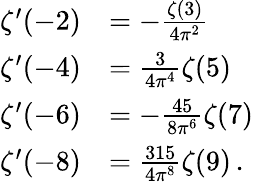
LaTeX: {\begin{array}{rl}{\zeta^{\prime}(-2)}&{=-{\frac{\zeta(3)}{4\pi^{2}}}}\\ {\zeta^{\prime}(-4)}&{={\frac{3}{4\pi^{4}}}\zeta(5)}\\ {\zeta^{\prime}(-6)}&{=-{\frac{45}{8\pi^{6}}}\zeta(7)}\\ {\zeta^{\prime}(-8)}&{={\frac{315}{4\pi^{8}}}\zeta(9)\, .}\end{array}}